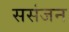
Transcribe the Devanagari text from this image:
ससंजन